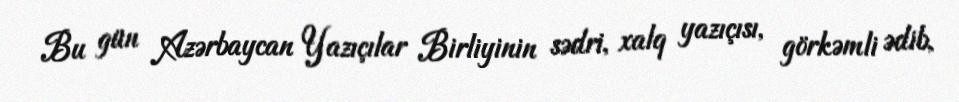
Bu gün Azərbaycan Yazıçılar Birliyinin sədri, xalq yazıçısı, görkəmli ədib,